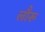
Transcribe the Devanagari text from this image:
लौरू